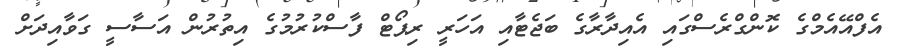
އެފްއޭއެމްގެ ކޮންގްރެސްގައި އެއިދާރާގެ ބަޖެޓާއި އަހަރީ ރިޕޯޓް ފާސްކުރުމުގެ އިތުރުން އަސާސީ ގަވާއިދަށް